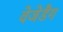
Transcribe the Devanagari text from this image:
वेजेडैग